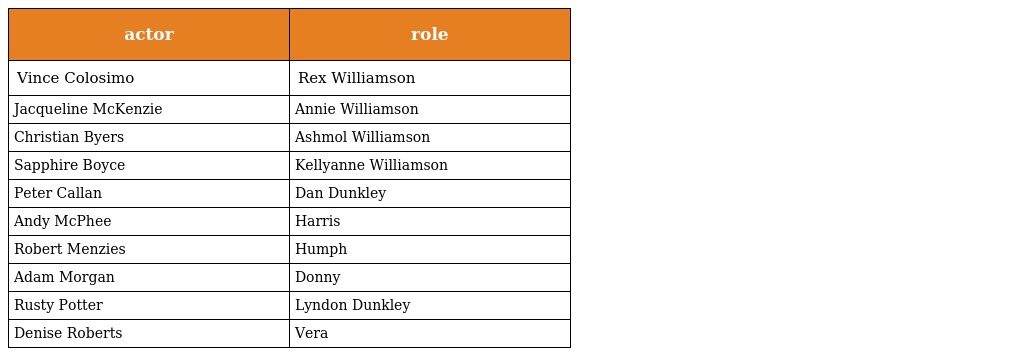
| actor | role |
 | --- | --- |
 | Vince Colosimo | Rex Williamson |
 | Jacqueline McKenzie | Annie Williamson |
 | Christian Byers | Ashmol Williamson |
 | Sapphire Boyce | Kellyanne Williamson |
 | Peter Callan | Dan Dunkley |
 | Andy McPhee | Harris |
 | Robert Menzies | Humph |
 | Adam Morgan | Donny |
 | Rusty Potter | Lyndon Dunkley |
 | Denise Roberts | Vera |